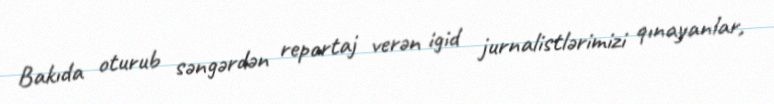
Bakıda oturub səngərdən reportaj verən igid jurnalistlərimizi qınayanlar,